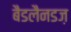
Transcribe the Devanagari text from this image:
बैडलैनडज़